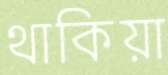
থাকিয়া